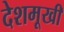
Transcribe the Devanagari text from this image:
देशमूखी